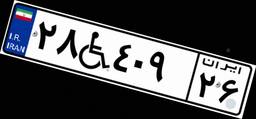
۲۸W۴۹۰۸۴